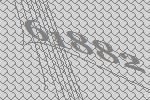
61882